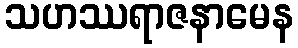
သဟဿရာဇနာမေန